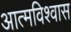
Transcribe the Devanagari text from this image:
आत्‍मविश्‍वास